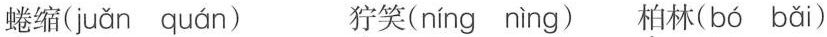
蜷缩( juǎn quán ) 狞笑( níng nìng ) 柏林( bó bǎi )